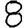
Digit: 8